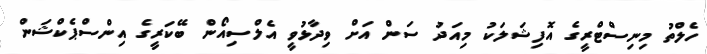
ހެލްތު މިނިސްޓްރީގެ އޮފިޝަލަކު މިއަދު ސަން އަށް ވިދާޅުވީ އެލްސިއޯން ބޭކަރީގެ އިންސްޕެކްޝަން